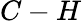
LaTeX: C-H